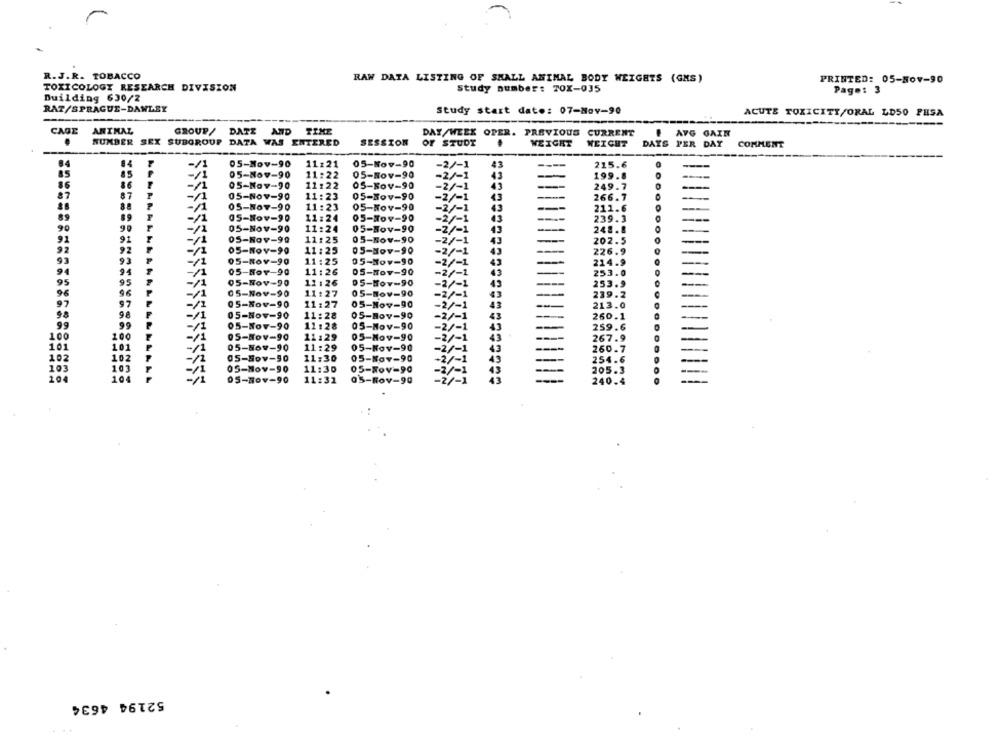
R.J.R. TOBACCO
RAW DATA LISTING OF SMALL ANIMAL BODY WEIGHTS (GMS)
PRINTED: 05-504-90
TOXICOLOGY RESEARCH DIVISION
Study number: TOX-035
Page: 3
Building 630/2
RAT/SPRAGUE-DAWLEY
Study start date: 07-Nov-90
ACUTE TOXICITY/ORAL LD50 FESA
CAGE
ANIMAL
GROUP/ DATE AND TIME
DAY/WEEK OPER. PREVIOUS CURRENT
.
AVG GAIN
NUMBER SEX SUBGROUP DATA WAS ENTERED
SESSION
OF STUDY
WEIGHT
WEIGHT
DAYS PER DAY
COMMENT
84
05-Nov-90
11:21
05-Nov-90
-2/-1
43
----
215.6
-/1
05-Nov-90
11:22
05-Nov-90
-2/-1
43
199.8
05-Nov-90
11:22
05-Nov-90
-2/-1
43
249.7
05-Nov-90
11:23
05-Nov-90
-2/-1
43
266.7
O
-11
05-Nov-90
11:23
05-Nov-90
-2/-1
211.6
NNNN
43
89
89
-/1
05-Nov-90
11:24
05-Nov-90
-2/-1
43
239.3
90
-/1
05-Nov-90
11:24
05-Nov-90
-2/-1
43
248.8
91
05-Nov-99
11:25
05-Nov-90
-2/-1
43
202.5
05-Nov-90
11:25
05-304-90
-2/-1
43
226.9
05-Nov-90
11:25
05-Nov-90
-12
-2/-1
43
214.9
94
05-Nov-90
11:26
05-Nov-90
-2/-1
43
253.0
95
95
-/1
05-Nov-90
11:26
05-Nov-90
-2/-1
49
253.9
96
05-Nov-90
11:27
05-Nov-90
-2/-1
43
239.2
97
97
05-Nov-90
11:27
05-Nov-90
-2/-1
43
213.0
98
-/1
05-Nov-90
11:28
05-Nov-90
43
260.1
99
05-Nov-90
11:28
05-Nov-90
43
259.6
100
-/1
OS-Nov-90
11:29
05-Nov-90
43
267.9
101
05-Nov-90
11:29
05-Nov-90
-2/-1
43
260.7
102
05-Nov-90
11:30
43
102
05-Nov-90
+2/-1
254.6
103
103
05-Nov-90
11:30
05-Nov-90
NNNNN
205.3
104
11:31
05-Rov-90
05-Nov-90
NNN
1
52194 4634